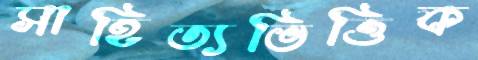
সাহিত্যভিত্তিক